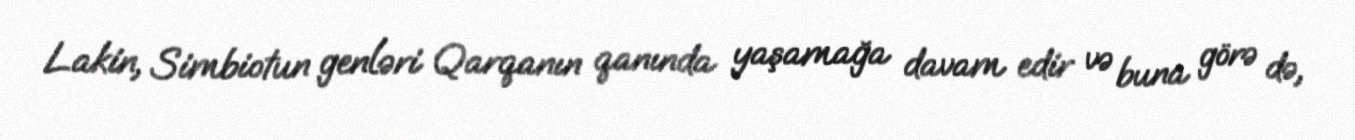
Lakin, Simbiotun genləri Qarqanın qanında yaşamağa davam edir və buna görə də,